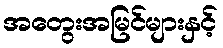
အတွေးအမြင်များနှင့်